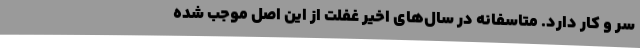
سر و کار دارد. متاسفانه در سال‌های اخیر غفلت از این اصل موجب شده